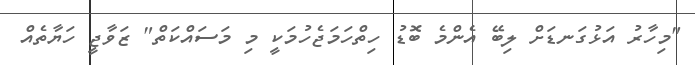
"މިހާރު އަޅުގަނޑަށް ލިބޭ އެންމެ ބޮޑު ހިތްހަމަޖެހުމަކީ މި މަސައްކަތް" ޒަވާޖީ ހަޔާތެއް